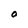
Character: O